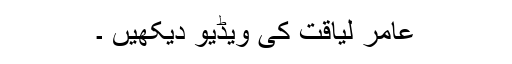
عامر لیاقت کی ویڈیو دیکھیں ۔